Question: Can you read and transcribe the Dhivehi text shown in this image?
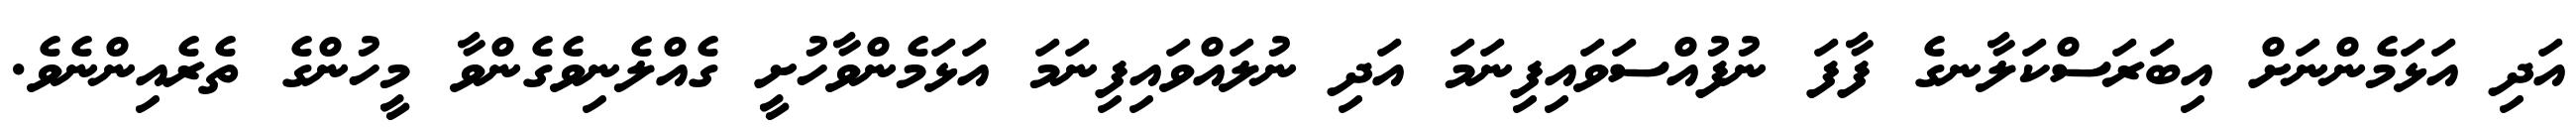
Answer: އަދި އަޅަމެންނަށް އިބަރަސްކަލާނގެ ފާފަ ނުފުއްސަވައިފިނަމަ އަދި ނުލައްވައިފިނަމަ އަޅަމެންވާހުށީ ގެއްލެނިވެގެންވާ މީހުންގެ ތެރެއިންނެވެ.